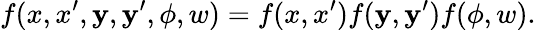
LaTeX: f(x,x^{\prime},\mathbf{y},\mathbf{y}^{\prime},\phi,w)=f(x,x^{\prime})f(\mathbf{y},\mathbf{y}^{\prime})f(\phi,w).